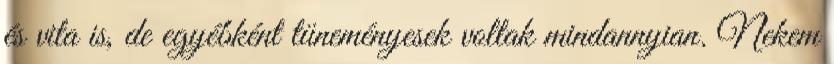
és vita is, de egyébként tüneményesek voltak mindannyian. Nekem